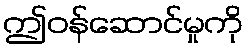
ဤဝန်ဆောင်မှုကို